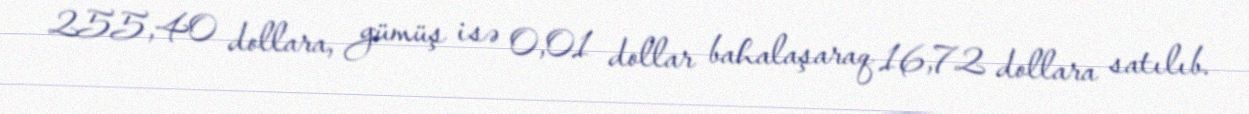
255,40 dollara, gümüş isə 0,01 dollar bahalaşaraq 16,72 dollara satılıb.